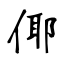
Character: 倻